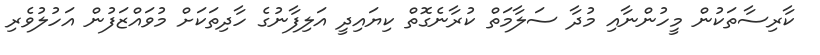
ކާރިސާތަކުން މީހުންނާއި މުދާ ސަލާމަތް ކުރާނެގޮތް ކިޔައިދީ އަލިފާނުގެ ހާދިތަކަށް މުވައްޒަފުން އަހުލުވެރި